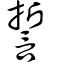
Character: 誓